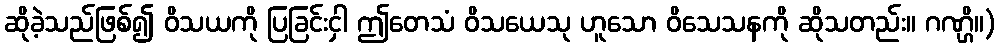
ဆိုခဲ့သည်ဖြစ်၍ ဝိသယကို ပြခြင်းငှါ ဤတေသံ ဝိသယေသု ဟူသော ဝိသေသနကို ဆိုသတည်း။ ဂဏ္ဌိ။)